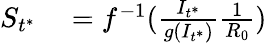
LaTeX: \begin{array}{rl}{S_{t^{*}}}&{{}=f^{-1}(\frac{I_{t^{*}}}{g(I_{t^{*}})}\frac{1}{R_{0}})}\end{array}